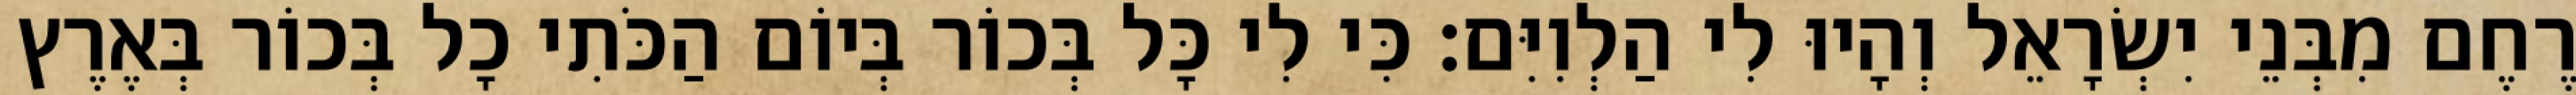
רֶחֶם מִבְּנֵי יִשְׂרָאֵל וְהָיוּ לִי הַלְוִיִּם׃ כִּי לִי כָּל בְּכוֹר בְּיוֹם הַכֹּתִי כָל בְּכוֹר בְּאֶרֶץ